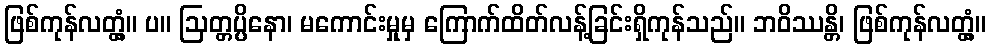
ဖြစ်ကုန်လတ္တံ့။ ပ။ ဩတ္တပ္ပိနော၊ မကောင်းမှုမှ ကြောက်ထိတ်လန့်ခြင်းရှိကုန်သည်။ ဘဝိဿန္တိ၊ ဖြစ်ကုန်လတ္တံ့။